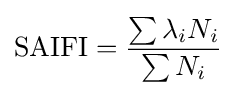
{\mbox{SAIFI}}={\frac {\sum {\lambda _{i}N_{i}}}{\sum {N_{i}}}}